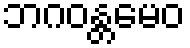
ဘဂဝန္တမေဝ